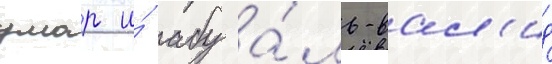
умар и́ абу а́ль-вал'ид